Rasina_vallavalitsus, lk 63
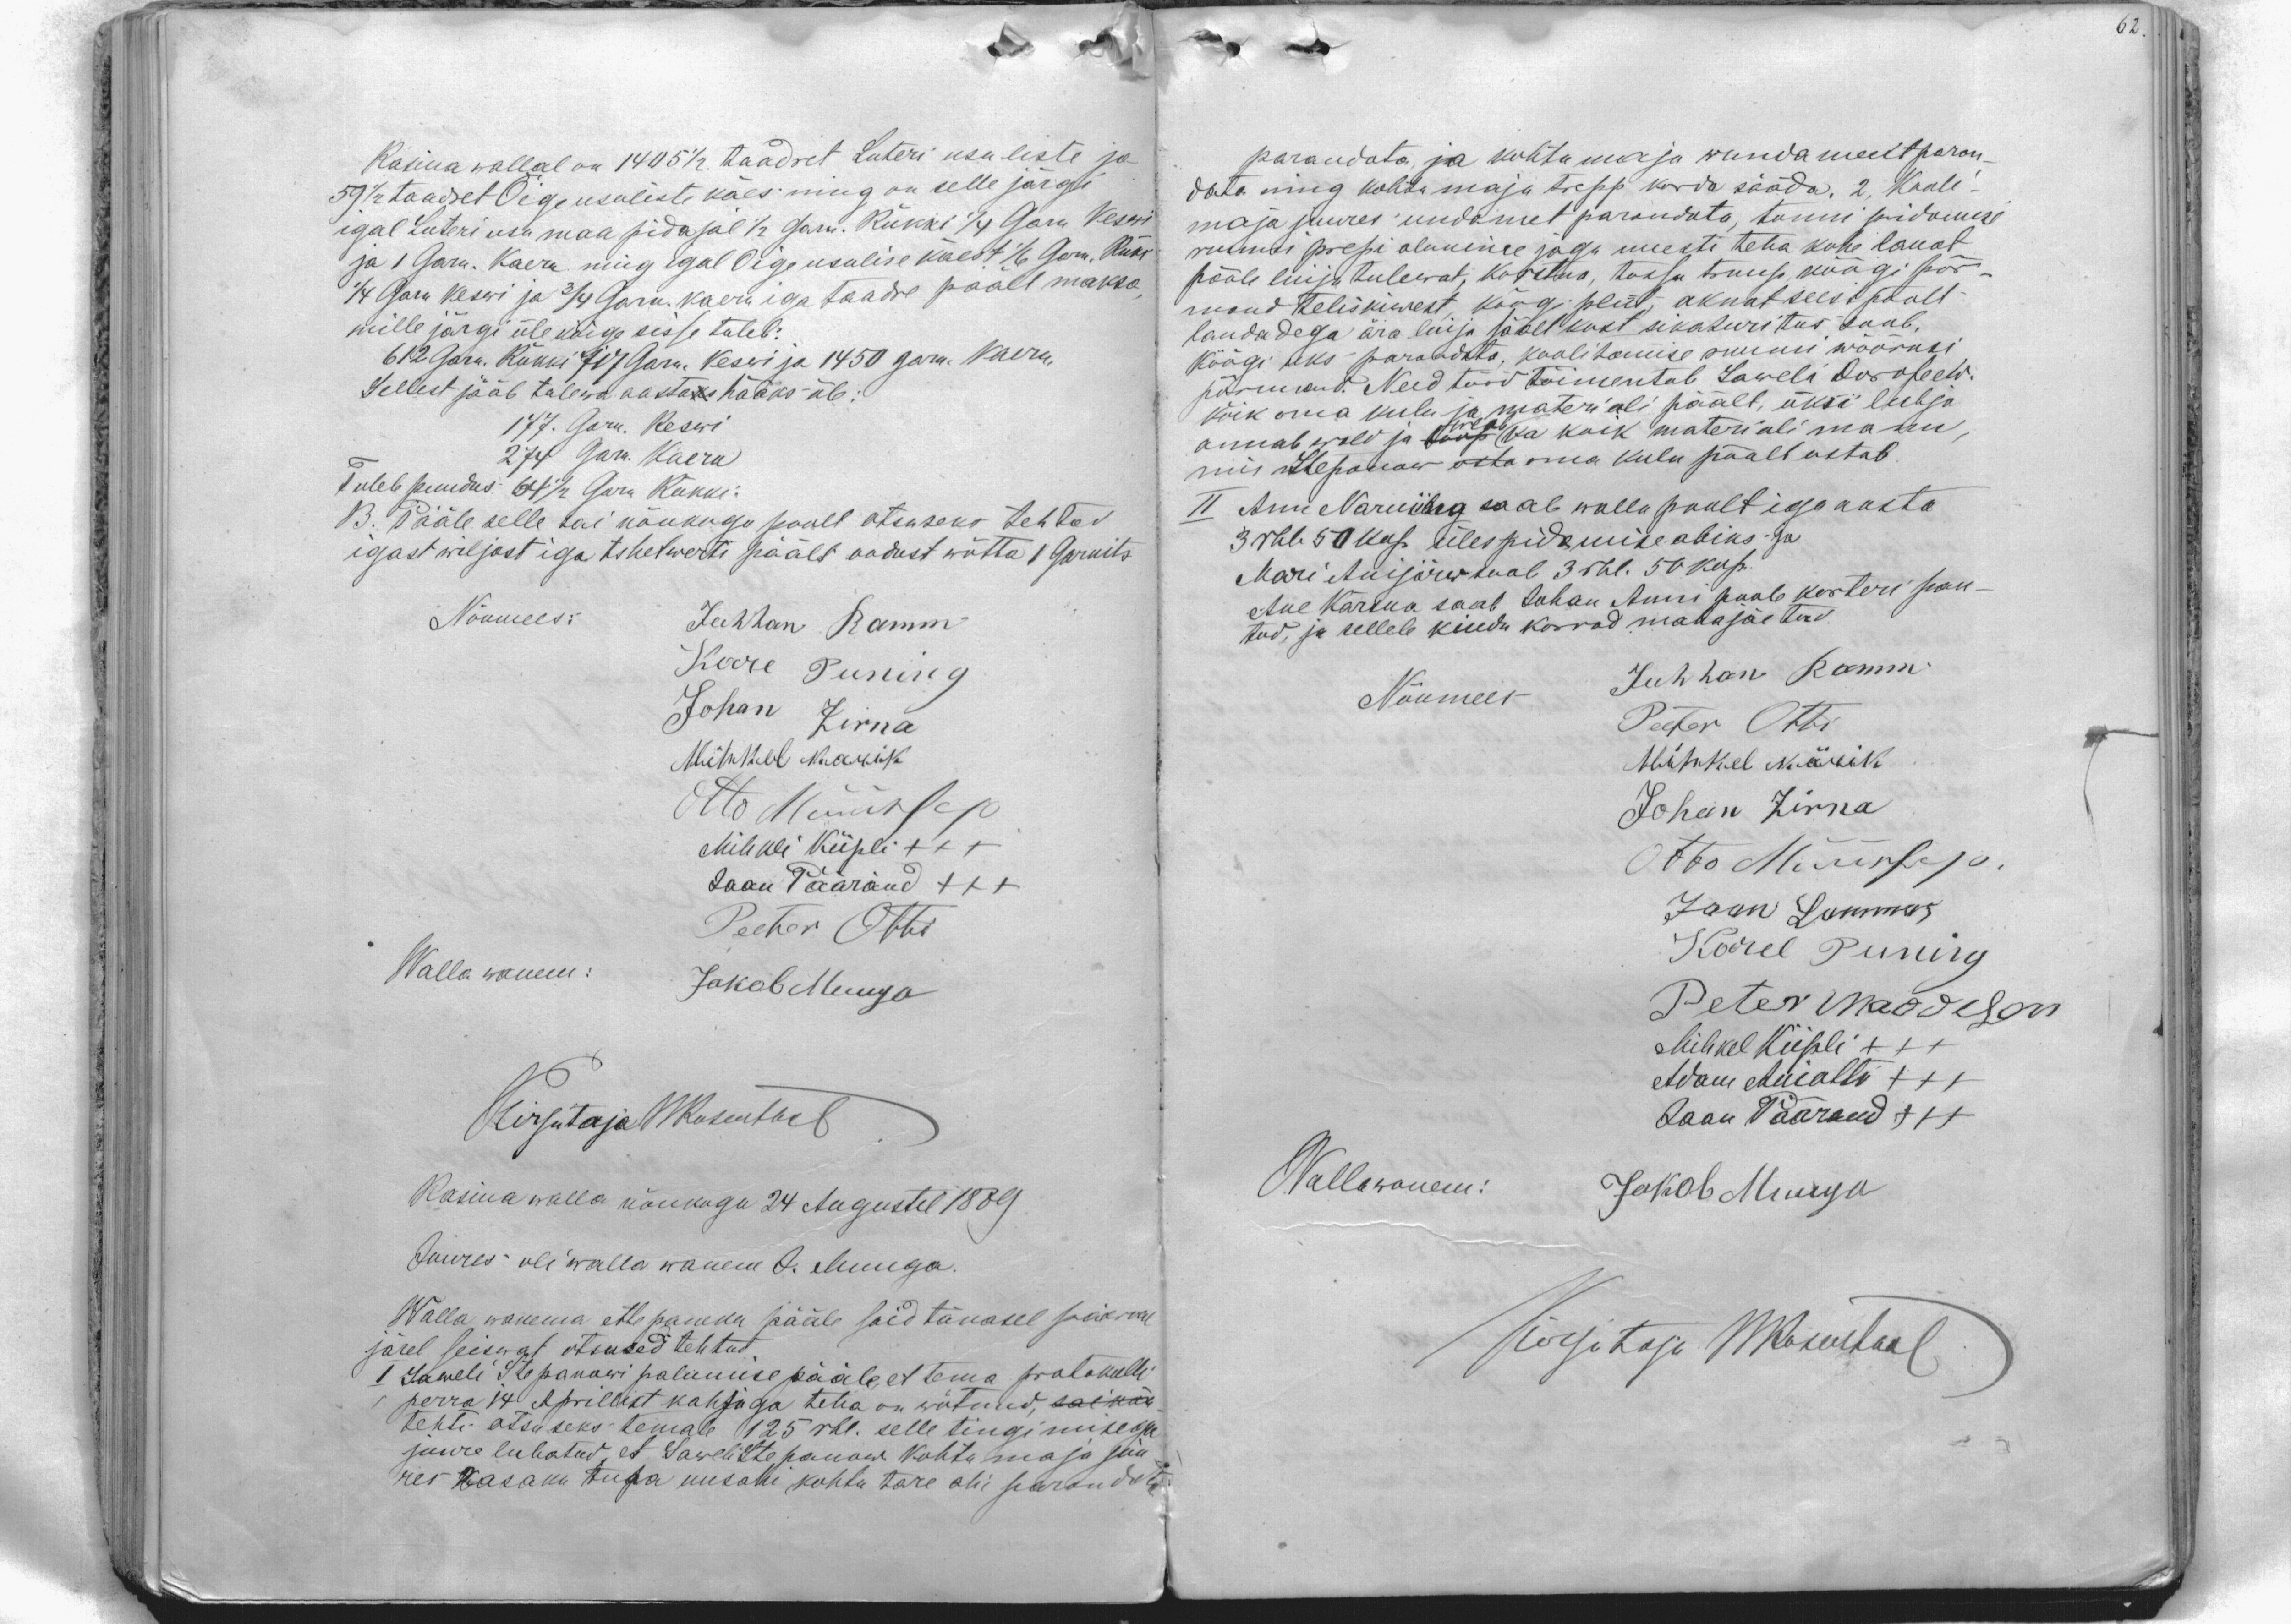
62

Rasina wallal on 1405 1/2 taadret Luteri usuliste ja
59 1/2 taadret Õigeusuliste käes ning on selle järgi
igal Luteri usu maapidajal 1/2 garn. Rukki 1/4 Garn keswi
ja 1 Garn. kaeru ning igal Õigeusulise käest 1/6 Garn. Ruki
1/4 Garn keswi ja 3/4 Garn. kaeru iga taadre päält maksa,
mille järgi üle kõige sisse tuleb:
612 Garn. Rukki 717 Garn. Keswi ja 1450 garn. Kaeru
Sellest jääb tulewa aastaks hääks üle:
177. Garn. Keswi
274 Garn. Kaeru
Tuleb puudus: 64 1/2 Garn Rukki
B. Pääle selle sai nõukogu poolt otsuseks tehtud
igast wiljast iga tshetwerti päält oodust wõtta 1 Garnits
Nõumees: Juhhan Ramm
Karl Puning
Johan Zirna
Mihkel Karik
Otto Müürsep
Mihkli Kiipli XXX
Jaan Pääränd XXX
Peeter Otti
Walla wanem: Jakob Muuga
Kirjutaja WRosentaal
Rasina walla nõukogu 24 Augustil 1889
Juures oli walla wanem J. Muuga.
Walla wanema ettepaneku pääle said tänasel päewal
järel seiswat otsused tehtud,
I Saweli Stepanowi palumise pääle et tema protokolli
perra 14 Aprillist kahjuga teha on wõtnud, saiwad
tehti otsuseks temale 125 rbl. selle tingimisega
juure lubatud, et Saweli Stepanow kohtu maja juu
res wasaku tupa uusahi kohtu tare ahi parandata

parandata ja kohtu maja wundament paran-
data ning kohtumaja trepp korda sääda. 2. Kooli
maja juures undamet parandata, tunni pidamise
ruumi prepi alumine jagu uuesti teha kohe lauat
pääle luija tulewat, korstna, tossu truup köögi põr-
mand teliskiwest, köögi pliit, aknat seest poolt
laudadega ära lüija säält kust sikaturitus saab,
köögi uks parandata, koolitamise ruumi wöörusi
põrmand. Need tööd toimentab Saweli Dorofeew
kõik oma kulu ja materiali päält, üksi lubja
annab wald ja toop ka kõik materiali manu
weab
mis Stepanow osta oma kulu päält ostab.
II Ann Narming saab walla poolt iga aasta
3 rbl 50 kop ülespidamise abiks; ja
Mari Anijärw saab 3 rbl. 50 kop.
Ane Kärsna saab Juhan Anni poole korteri pan-
tud, ja sellele kindu korrad mahajäetud
Nõumees Juhhan Ramm
Peeter Otti
Mihkel Kärik
Johan Zirna
Otto Müürsep.
Jaan Lammas
Karel Puning
Peter Maddison
Mihkel Kiipli XXX
Adam Aniotti XXX
Jaan Päärand XXX
Wallawanem: Jakob Muuga
Kirjutaja WRosentaal